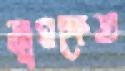
জুমক্ষেত